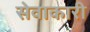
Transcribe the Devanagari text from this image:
सेवाकारी